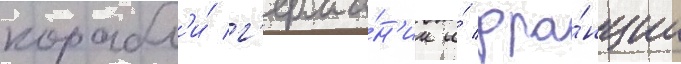
корабл'и́ г'ерма́н'ии и́ фра́нции